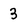
Character: 3